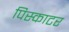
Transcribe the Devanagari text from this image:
पिस्काटर